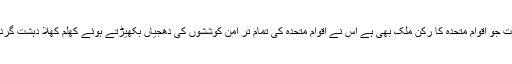
اور یہ حالیہ دن جو گزر رہے ہیں ان میں سب سے بڑی جمہوریت کا دعویدار بھارت جو اقوام متحدہ کا رکن ملک بھی ہے اس نے اقوام متحدہ کی تمام تر امن کوششوں کی دھجیاں بکھیڑتے ہوئے کھلم کھلا دہشت گردی کرکے کشمیریوں پر زندگی بند کردی ہے ان کی سانسوں کو بند کیا جا رہا ہے ۔